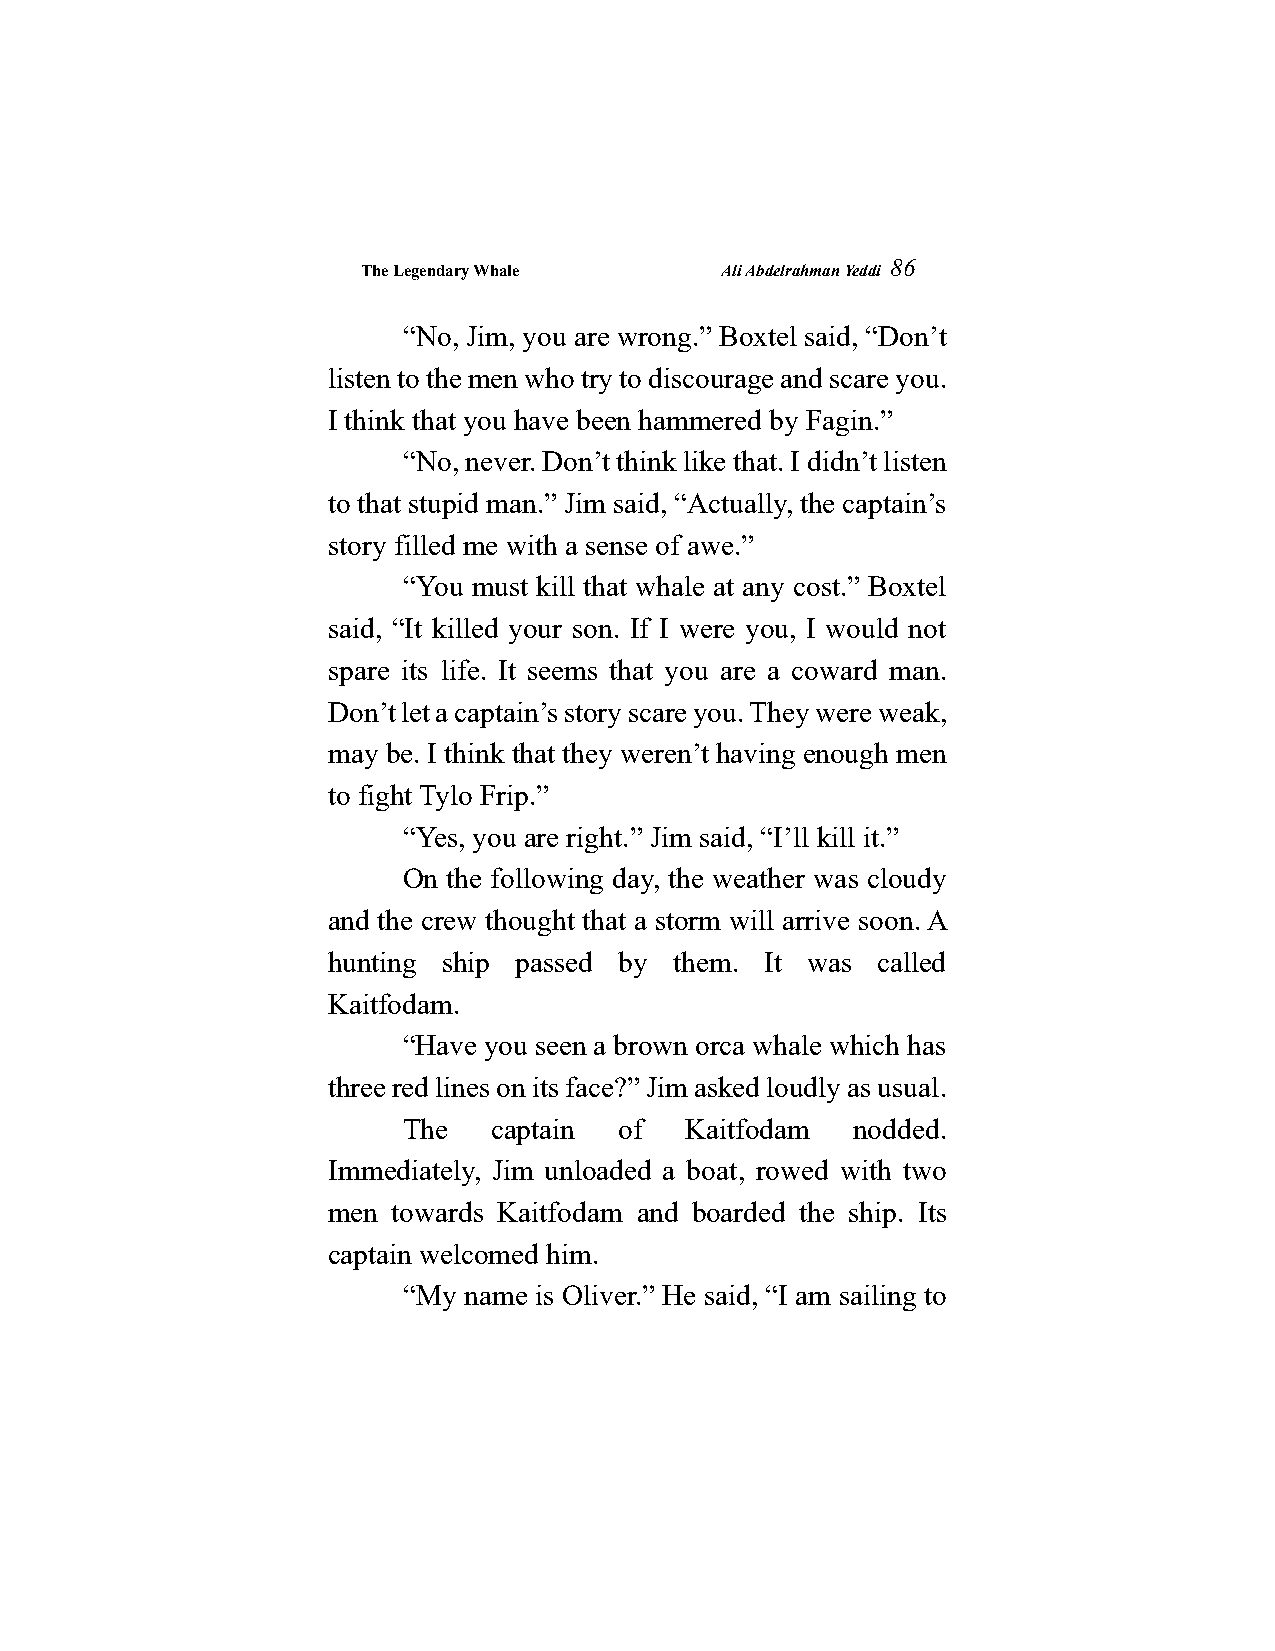
The Legendary Whale     Ali Abdelrahman Yeddi
 86
 “No, Jim, you are wrong.” Boxtel said, “Don’t
 listen to the men who try to discourage and scare you.
 I think that you have been hammered by Fagin.”
 “No, never. Don’t think like that. I didn’t listen
 to that stupid man.” Jim said, “Actually, the captain’s
 story filled me with a sense of awe.”
 “You must kill that whale at any cost.” Boxtel
 said, “It killed your son. If I were you, I would not
 spare its life. It seems that you are a coward man.
 Don’t let a captain’s story scare you. They were weak,
 may be. I think that they weren’t having enough men
 to fight Tylo Frip.”
 “Yes, you are right.” Jim said, “I’ll kill it.”
 On the following day, the weather was cloudy
 and the crew thought that a storm will arrive soon. A
 hunting ship passed by them. It was called
 Kaitfodam.
 “Have you seen a brown orca whale which has
 three red lines on its face?” Jim asked loudly as usual.
 The   captain of  Kaitfodam   nodded.
 Immediately, Jim unloaded a boat, rowed with two
 men towards Kaitfodam and boarded the ship. Its
 captain welcomed him.
 “My name is Oliver.” He said, “I am sailing to